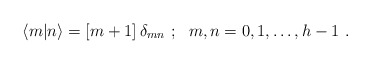
\begin{align*}\langle m\vert n\rangle =[m+1]\,{\delta}_{mn}\ ;\ \ m,n=0,1,\ldots ,h-1\ .\end{align*}